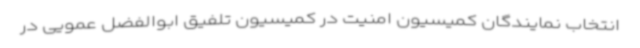
انتخاب نمایندگان کمیسیون امنیت در کمیسیون تلفیق ابوالفضل عمویی در